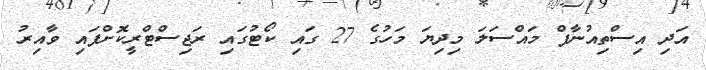
އަދި އިސްތިއުނާފް މައްސަލަ މިދިޔަ މަހުގެ 27 ގައި ކޯޓުގައި ރަޖިސްޓްރީކޮށްފައި ވާއިރު